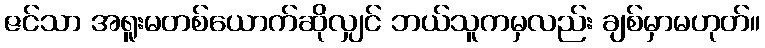
ဇင်သာ အရူးမတစ်ယောက်ဆိုလျှင် ဘယ်သူကမှလည်း ချစ်မှာမဟုတ်။